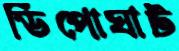
ডিপোঘাট